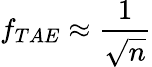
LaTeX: f_{TAE}\approx\frac{1}{\sqrt{n}}